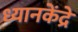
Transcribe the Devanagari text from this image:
ध्यानकेंद्रे